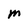
Character: M